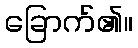
ခြောက်၏။